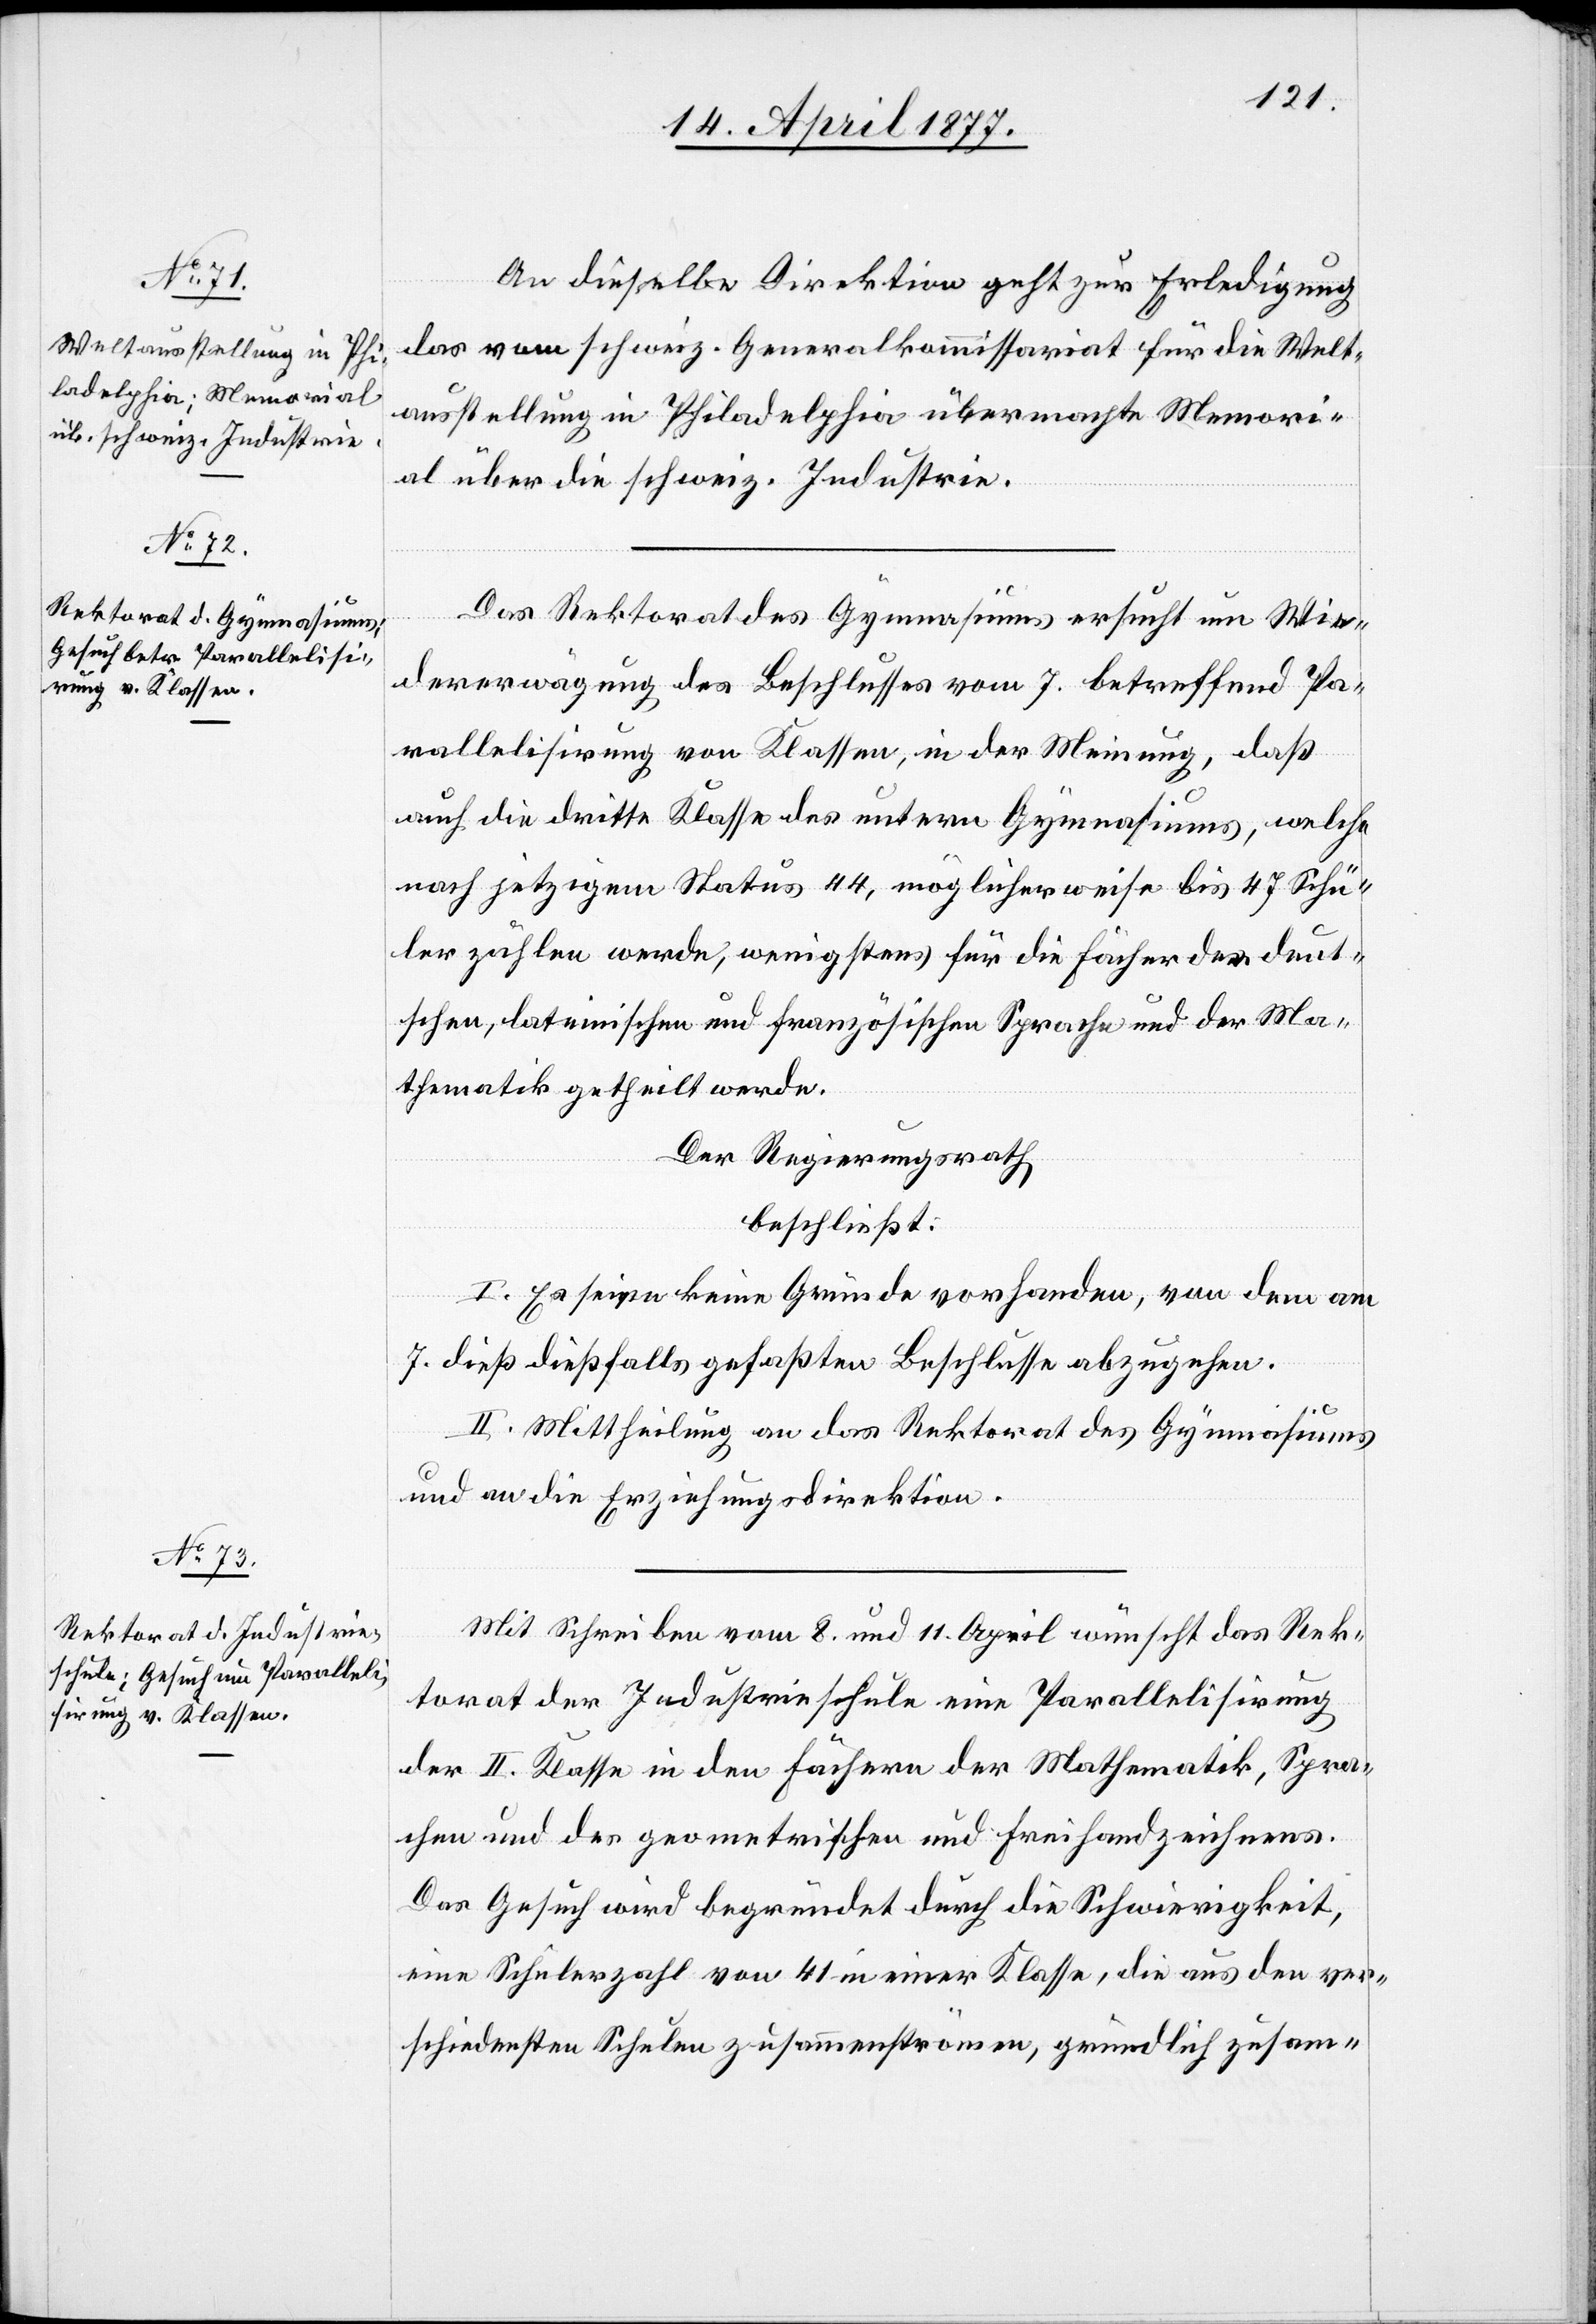
An dieselbe Direktion geht zur Erledigung
das vom schweiz. Generalkommissariat für die Welt¬
ausstellung in Philadelphia übermachte Memori¬
al über die schweiz. Industrie.
Das Rektorat des Gymnasiums ersucht um Wie¬
dererwägung des Beschlusses vom 7. betreffend Pa¬
rallelisirung von Klassen, in der Meinung, daß
auch die dritte Klasse des untern Gymnasiums, welche
nach jetzigem Status 44, möglicherweise bis 47 Schü¬
ler zählen werde, wenigstens für die Fächer der deut¬
schen, lateinischen und französischen Sprache und der Ma¬
thematik getheilt werde.
Der Regierungsrath
beschließt:
I. Es seien keine Gründe vorhanden, von dem am
7. dieß dießfalls gefaßten Beschlusse abzugehen.
II. Mittheilung an das Rektorat des Gymnasiums
und an die Erziehungsdirektion.
Mit Schreiben vom 8. und 11. April wünscht das Rek¬
torat der Industrieschule eine Parallelisirung
der II. Klasse in den Fächern der Mathematik, Spra¬
chen und des geometrischen und Freihandzeichnens.
Das Gesuch wird begründet durch die Schwierigkeit,
eine Schülerzahl von 41 in einer Klasse, die aus den ver¬
schiedensten Schulen zusammenströmen, gründlich zusam-